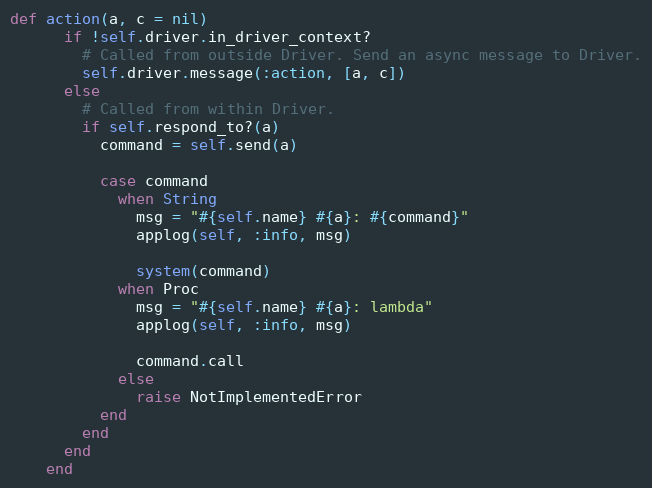
Language: Ruby
def action(a, c = nil)
      if !self.driver.in_driver_context?
        # Called from outside Driver. Send an async message to Driver.
        self.driver.message(:action, [a, c])
      else
        # Called from within Driver.
        if self.respond_to?(a)
          command = self.send(a)

          case command
            when String
              msg = "#{self.name} #{a}: #{command}"
              applog(self, :info, msg)

              system(command)
            when Proc
              msg = "#{self.name} #{a}: lambda"
              applog(self, :info, msg)

              command.call
            else
              raise NotImplementedError
          end
        end
      end
    end